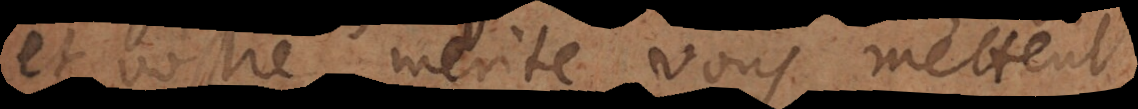
et vostre merite vous mettent